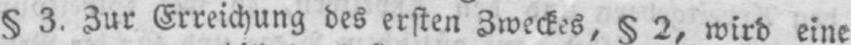
§ 3. Zur Erreichung des ersten Zweckes, § 2, wird eine